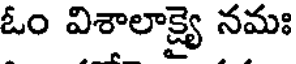
ఓం విశాలాక్ష్యై నమః